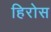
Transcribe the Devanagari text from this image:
हिरोस